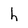
Character: h